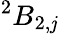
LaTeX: ^{2}B_{2,\mathit{j}}